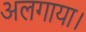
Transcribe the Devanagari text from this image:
अलगाया।